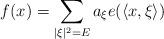
LaTeX: \begin{align*}f(x)=\sum_{ |\xi|^2=E}a_{\xi}e(\langle x,\xi \rangle) \end{align*}